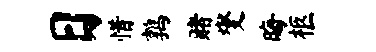
日惜鹑赌燮晦柩